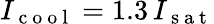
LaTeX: I_{\mathrm{~c~o~o~l~}}=1.3\, I_{\mathrm{~s~a~t~}}